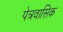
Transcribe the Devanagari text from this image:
पेत्रवासिक